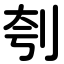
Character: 刳